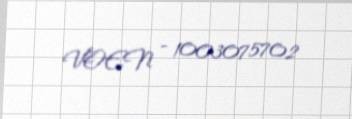
VOEN - 1003075702